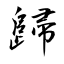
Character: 歸